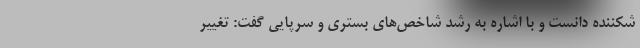
شکننده دانست و با اشاره به رشد شاخص‌های بستری و سرپایی گفت: تغییر